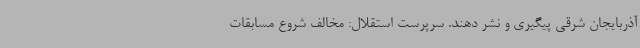
آذربایجان شرقی پیگیری و نشر دهند. سرپرست استقلال: مخالف شروع مسابقات